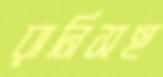
রানিসহ